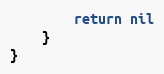
Language: Go
		return nil
	}
}